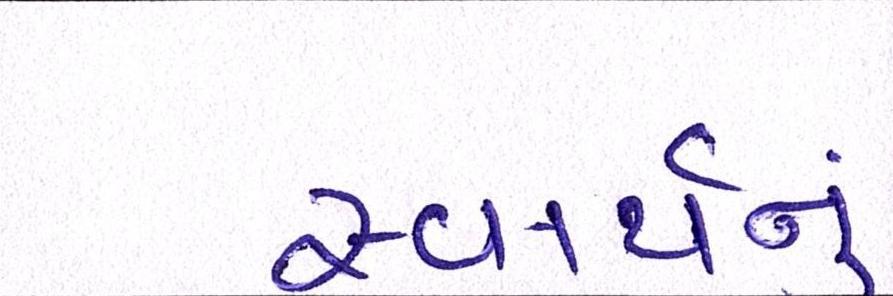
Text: સ્વાર્થનું